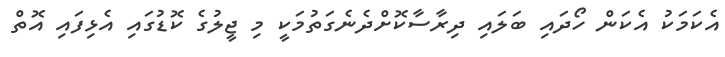
އެކަމަކު އެކަން ހޯދައި ބަލައި ދިރާސާކޮށްދެނެގަތުމަކީ މި ޖީލުގެ ކޮޑުގައި އެޅިފައި އޮތް